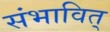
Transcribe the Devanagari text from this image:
संभावित्